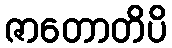
ဇာတောတိပိ